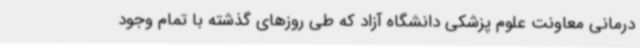
درمانی معاونت علوم پزشکی دانشگاه آزاد که طی روزهای گذشته با تمام وجود